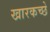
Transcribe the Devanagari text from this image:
खारकच्छे